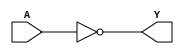
`default_nettype none

module skullfet_inverter (
`ifdef USE_POWER_PINS
    input VGND,
    input VPWR,
`endif  // USE_POWER_PINS
    input wire A,
    output wire Y
);
`ifdef USE_POWER_PINS
  wire power_good = VPWR == 1 && VGND == 0;
`else
  wire power_good = 1'b1;
`endif  // USE_POWER_PINS

  wire buf_not_A;
  buf buf0 (buf_not_A, !A);
  assign Y = power_good ? buf_not_A : 1'bx;
endmodule

module skullfet_inverter_10x (
`ifdef USE_POWER_PINS
    input VGND,
    input VPWR,
`endif  // USE_POWER_PINS
    input wire A,
    output wire Y
);
`ifdef USE_POWER_PINS
  wire power_good = VPWR == 1 && VGND == 0;
`else
  wire power_good = 1'b1;
`endif  // USE_POWER_PINS

  wire buf_not_A;
  buf buf0 (buf_not_A, !A);
  assign Y = power_good ? buf_not_A : 1'bx;
endmodule

module skullfet_nand (
`ifdef USE_POWER_PINS
    input VGND,
    input VPWR,
`endif  // USE_POWER_PINS
    input wire A,
    input wire B,
    output wire Y
);
`ifdef USE_POWER_PINS
  wire power_good = VPWR == 1 && VGND == 0;
`else
  wire power_good = 1'b1;
`endif  // USE_POWER_PINS

  wire nand_out = !(A & B); 
  wire nand_out_pg = power_good ? nand_out : 1'bx;
  buf buf0 (Y, nand_out_pg);
endmodule